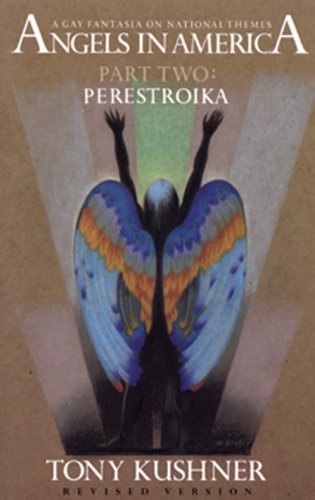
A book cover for Angels in America, Part Two: Perestroika; Tony Kushner; Literature & Fiction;